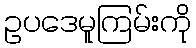
ဥပဒေမူကြမ်းကို